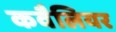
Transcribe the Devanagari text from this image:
कवैलियर